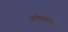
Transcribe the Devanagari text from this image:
प्रमेयाचा